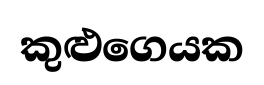
කුළුගෙයක